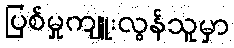
ပြစ်မှုကျူးလွန်သူမှာ